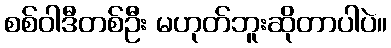
စစ်ဝါဒီတစ်ဦး မဟုတ်ဘူးဆိုတာပါပဲ။